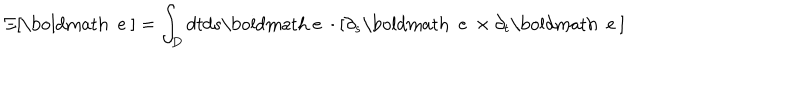
\Xi [ { \mathrm { \boldmath ~ e ~ } } ] = \int _ { D } d t d s { \mathrm { \boldmath ~ e ~ } } \cdot [ \partial _ { s } { \mathrm { \boldmath ~ e ~ } } \times \partial _ { t } { \mathrm { \boldmath ~ e ~ } } ]